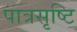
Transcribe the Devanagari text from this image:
पात्रसृष्टि